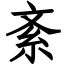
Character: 紊